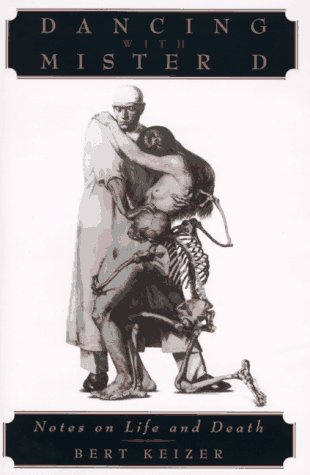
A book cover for Dancing with Mr. D.; Bert Keizer; Medical Books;